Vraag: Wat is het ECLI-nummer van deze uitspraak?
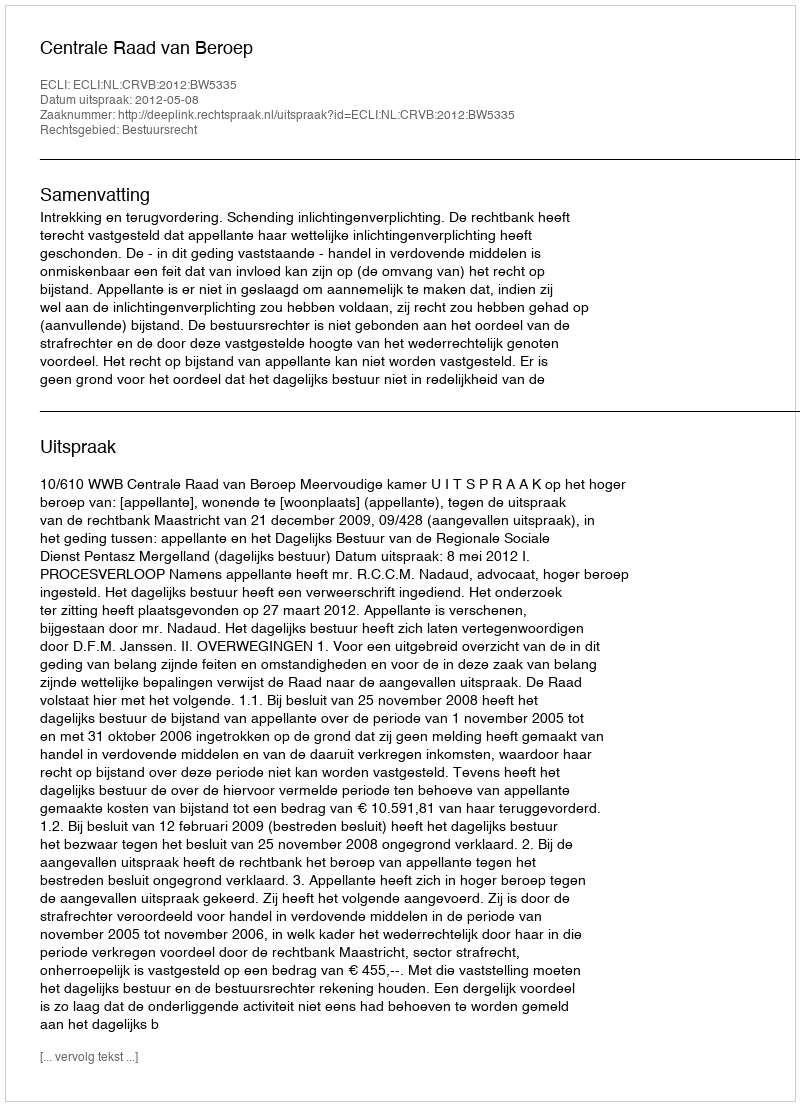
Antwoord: ECLI:NL:CRVB:2012:BW5335